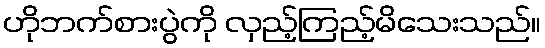
ဟိုဘက်စားပွဲကို လှည့်ကြည့်မိသေးသည်။